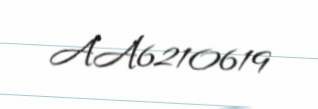
AA6210619